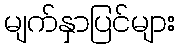
မျက်နှာပြင်များ